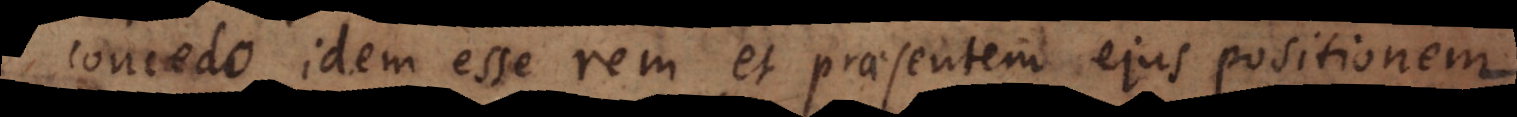
concedo idem esse rem et praesentem ejus positionem